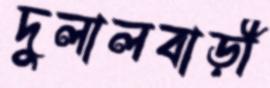
দুলালবাড়ী